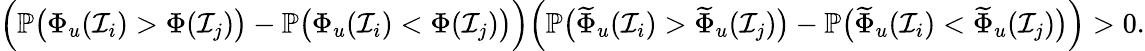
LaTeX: \begin{array}{r}{\Big(\mathbb{P}\big(\Phi_{u}(\mathcal{I}_{i})>\Phi(\mathcal{I}_{j})\big)-\mathbb{P}\big(\Phi_{u}(\mathcal{I}_{i})<\Phi(\mathcal{I}_{j})\big)\Big)\Big(\mathbb{P}\big(\widetilde{\Phi}_{u}(\mathcal{I}_{i})>\widetilde{\Phi}_{u}(\mathcal{I}_{j})\big)-\mathbb{P}\big(\widetilde{\Phi}_{u}(\mathcal{I}_{i})<\widetilde{\Phi}_{u}(\mathcal{I}_{j})\big)\Big)>0.}\end{array}